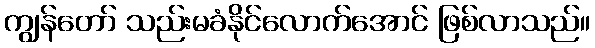
ကျွန်တော် သည်းမခံနိုင်လောက်အောင် ဖြစ်လာသည်။